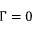
\Gamma = 0